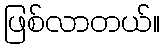
ဖြစ်လာတယ်။